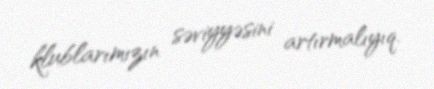
klublarımızın səviyyəsini artırmalıyıq.